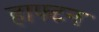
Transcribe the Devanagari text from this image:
हाफ्टन